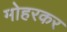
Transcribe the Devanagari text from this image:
मोहरकर